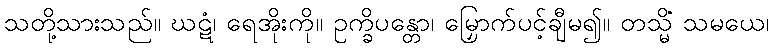
သတို့သားသည်။ ဃဋံ၊ ရေအိုးကို။ ဥက္ခိပန္တော၊ မြှောက်ပင့်ချီမ၍။ တသ္မိံ သမယေ၊